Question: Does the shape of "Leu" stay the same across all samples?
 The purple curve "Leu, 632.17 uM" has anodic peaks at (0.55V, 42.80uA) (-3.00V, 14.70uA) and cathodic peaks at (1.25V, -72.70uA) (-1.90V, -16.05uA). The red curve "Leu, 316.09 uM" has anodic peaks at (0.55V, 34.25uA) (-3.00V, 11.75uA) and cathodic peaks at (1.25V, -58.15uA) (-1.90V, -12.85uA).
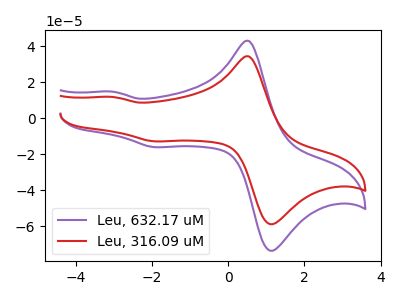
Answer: <think>All the peaks in "Leu, 632.17 uM" have a peak in "Leu, 316.09 uM" at the same potential. Every peak in "Leu, 632.17 uM" is higher than every peak in "Leu, 316.09 uM".
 </think>
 <answer>All the CV's of "Leu" have similar shape.</answer>
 <eval>follow_rule</eval>